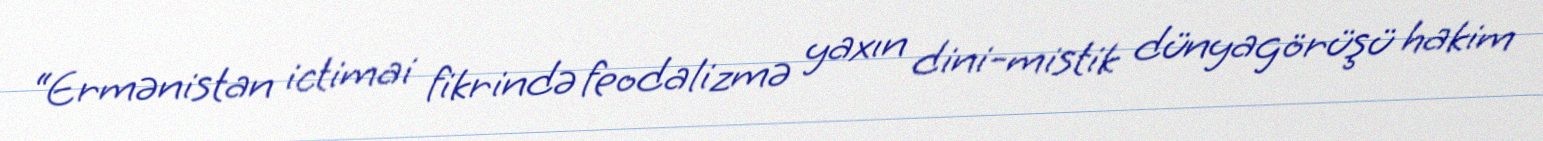
“Ermənistan ictimai fikrində feodalizmə yaxın dini-mistik dünyagörüşü hakim